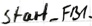
Text: Start_FB1